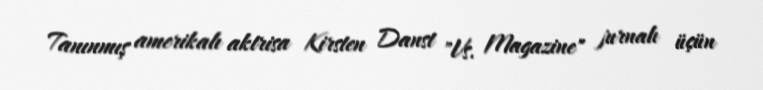
Tanınmış amerikalı aktrisa Kirsten Danst "Vs. Magazine" jurnalı üçün